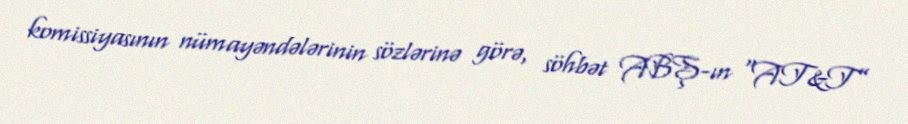
komissiyasının nümayəndələrinin sözlərinə görə, söhbət ABŞ-ın “AT&T”